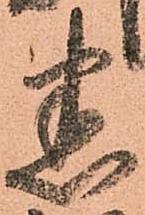
悉